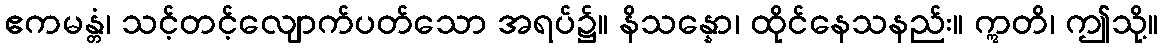
ဧကမန္တံ၊ သင့်တင့်လျောက်ပတ်သော အရပ်၌။ နိသန္နော၊ ထိုင်နေသနည်း။ ဣတိ၊ ဤသို့။